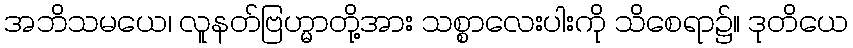
အဘိသမယေ၊ လူနတ်ဗြဟ္မာတို့အား သစ္စာလေးပါးကို သိစေရာ၌။ ဒုတိယေ